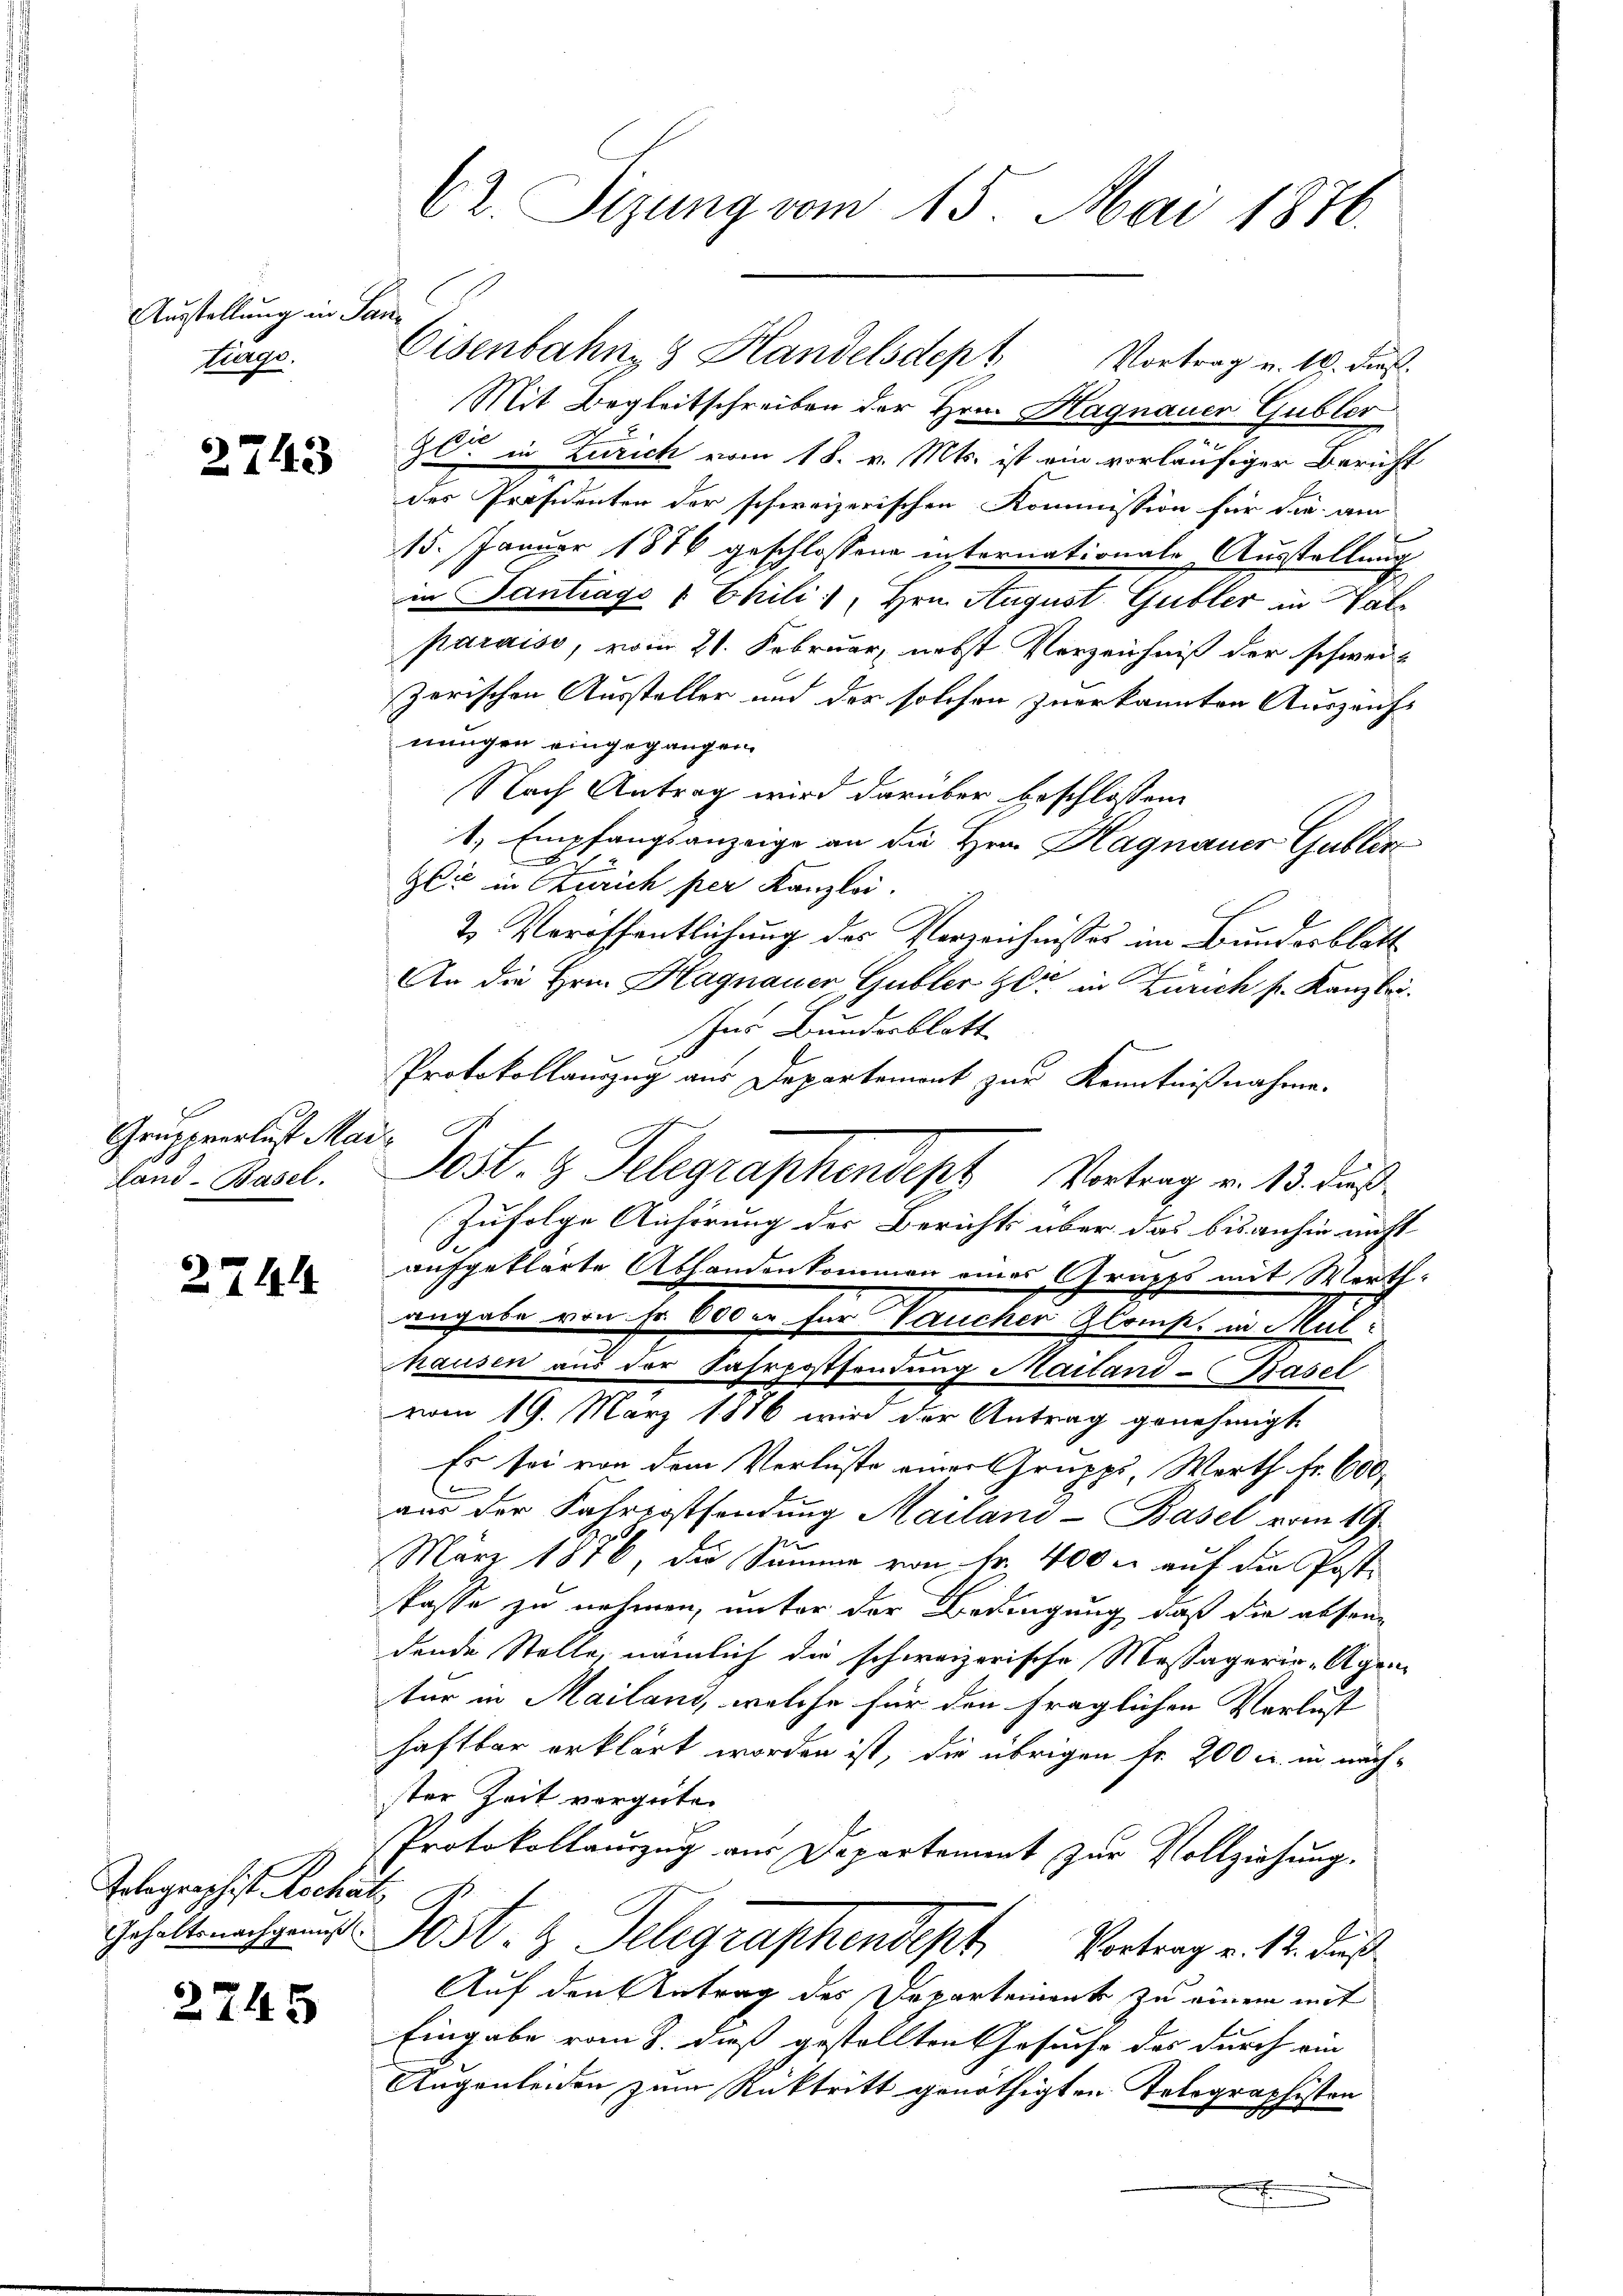
Ausstellung in Santrage.

2743

Grupprerlust Mar
land-Basel.

2744

Golographist. Rechatz

2745

62. Sizung vom 15. Mai 1876.

Mit Begleitschreiben der Hrn. Hagnauer Gubler
90 in Zürich vom 18. v. Mts. ist ein vorläufiger Bericht
des Präsidenten der schweizerischen Kommission für die am
15. Januar 1876 geschlossene intornationale Ausstellung
in Santrage 1 Chili, Hrn. August Gubler in Vate
paraiso, vom 21. Februar, nebst Verzeichniß der schweiz
zerischen Aussteller und der solchen zuerkannten Auszeichs
nungen eingegangen.
Nach Antrag wird darüber beschlossen
1, Empfangsanzeige an die Hrn. Hagnauer Gublen
7
2
2
Gli in Zürich per Kanzlei.
2. Veröffentlichung des Verzeichnisses im Bundesblatt
An die Hrn. Hagnauer Gubler Herr in Zürich s. Kanzlei.
Ins Bunderblatt
Protokollanzug aus Departement zur Kenntnißnahme.
Zufolge Anhörung der Berichts aber das bisanhin nicht
aufgeklärte Abhandenkommen eines Grupps mit Marth-
angabe von Fr. 600 er für Vaucher Glomp. in Mul
hausen aus der Fahrpostsendung Mailand-Basel
vom 19. März 1886 wird der Antrag genehmigt
Es sei von dem Verluste einer Gruppi, Werth. Fr. 600.
aus der Fahrpostsendung Mailand-Basel vom 11.
März 1876, die Summe von Fr. 400 l. auf die Posti
kasse zu nehmen, unter der Bedingung, daß die absen
dende Stelle, nämlich die schweizerische Massagerie-Agen
tur in Mailani, welche für den fraglichen Verlust
haftbar erklärt worden ist, die übrigen Fr. 200 u. in näch-
ster Zeit vergüte.
Protokollauszug aus Departement zŭr Vollziehŭng.
Gehalt Post. Telegraphendept Vortrag v. 12. ds.
Auf den Antrag des Departement zu einem mit
Eingabe vom 8. dieß gestellten Gesuche des durch ein
Augenleiden zum Rücktritt genöthigten Tolographisten

Eisenbahne Handelsdept Vortrag u. 19. ds.

Post. z. Telegraphendept Vortrag v. 13. Fuß